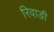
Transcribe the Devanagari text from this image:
रिवाङी